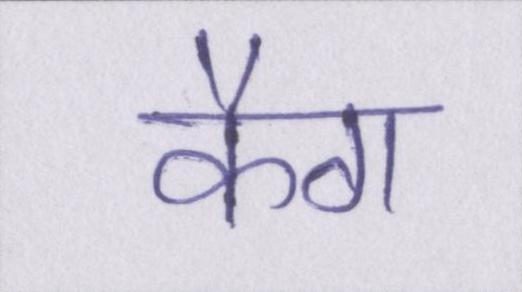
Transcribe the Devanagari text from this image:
कैग